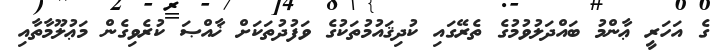
ގެ އަހަރީ ޢާންމު ބައްދަލުވުމުގެ ތެރޭގައި ކުދިޤައުމުތަކުގެ ވަފުދުތަކަށް ޚާއްޞަ ކުރެވިގެން މަޢުލޫމާތާއި